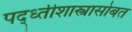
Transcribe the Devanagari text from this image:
पद्ध्तीशास्त्रासोबत